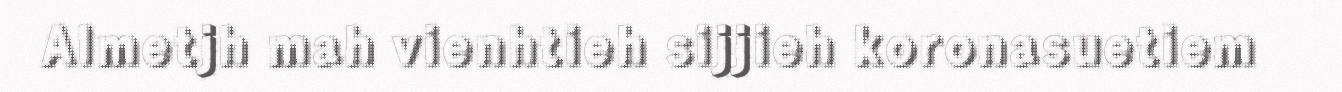
Almetjh mah vienhtieh sijjieh koronasuetiem